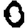
Digit: 0